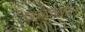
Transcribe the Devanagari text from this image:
खचदेखील